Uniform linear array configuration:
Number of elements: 24
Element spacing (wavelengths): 0.25
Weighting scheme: cosine
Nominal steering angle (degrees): -60
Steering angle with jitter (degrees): -61.055
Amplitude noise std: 0.05
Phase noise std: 0.05

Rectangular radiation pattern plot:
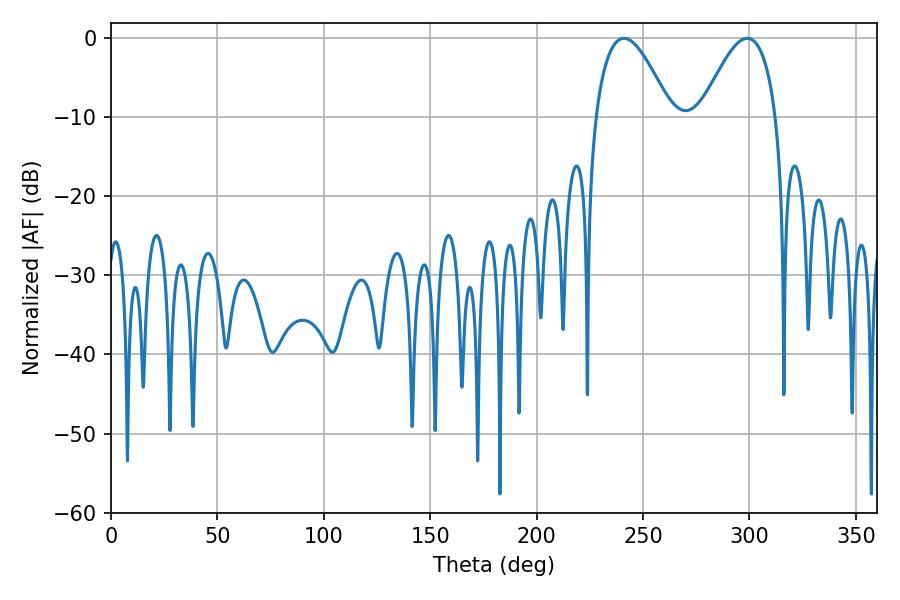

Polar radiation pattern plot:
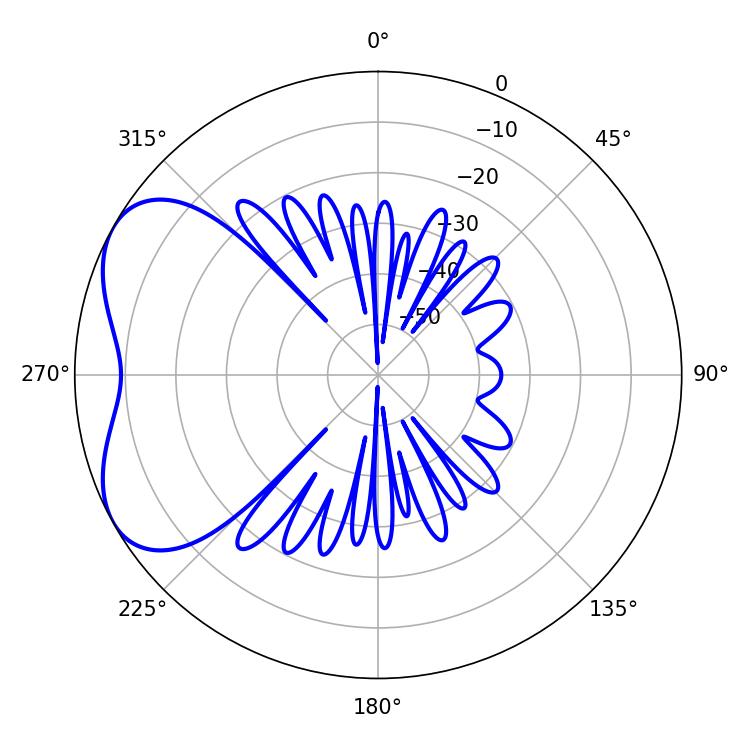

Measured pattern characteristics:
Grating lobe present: FALSE
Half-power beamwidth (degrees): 19.26
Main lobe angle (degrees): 298.98